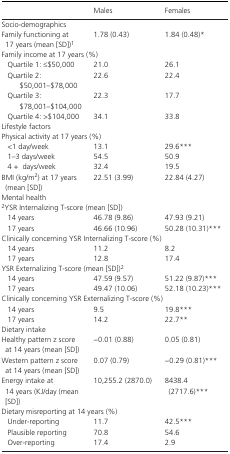
<table><thead><tr><td></td><td><b>Males</b></td><td><b>Females</b></td></tr></thead><tbody><tr><td colspan="3">Socio‐demographics</td></tr><tr><td>Family functioning at 17 years (mean [SD])a</td><td>1.78 (0.43)</td><td>1.84 (0.48)*</td></tr><tr><td colspan="3">Family income at 17 years (%)</td></tr><tr><td>Quartile 1: ≤$50,000</td><td>21.0</td><td>26.1</td></tr><tr><td>Quartile 2: $50,001–$78,000</td><td>22.6</td><td>22.4</td></tr><tr><td>Quartile 3: $78,001–$104,000</td><td>22.3</td><td>17.7</td></tr><tr><td>Quartile 4: &gt;$104,000</td><td>34.1</td><td>33.8</td></tr><tr><td colspan="3">Lifestyle factors</td></tr><tr><td colspan="3">Physical activity at 17 years (%)</td></tr><tr><td>&lt;1 day/week</td><td>13.1</td><td>29.6***</td></tr><tr><td>1–3 days/week</td><td>54.5</td><td>50.9</td></tr><tr><td>4 +days/week</td><td>32.4</td><td>19.5</td></tr><tr><td>BMI (kg/m<sup>2</sup>) at 17 years (mean [SD])</td><td>22.51 (3.99)</td><td>22.84 (4.27)</td></tr><tr><td colspan="3">Mental health</td></tr><tr><td colspan="3">bYSR Internalizing T‐score (mean [SD])</td></tr><tr><td>14 years</td><td>46.78 (9.86)</td><td>47.93 (9.21)</td></tr><tr><td>17 years</td><td>46.66 (10.96)</td><td>50.28 (10.31)***</td></tr><tr><td colspan="3">Clinically concerning YSR Internalizing T‐score (%)</td></tr><tr><td>14 years</td><td>11.2</td><td>8.2</td></tr><tr><td>17 years</td><td>12.8</td><td>17.4</td></tr><tr><td colspan="3">YSR Externalizing T‐score (mean [SD])b</td></tr><tr><td>14 years</td><td>47.59 (9.57)</td><td>51.22 (9.87)***</td></tr><tr><td>17 years</td><td>49.47 (10.06)</td><td>52.18 (10.23)***</td></tr><tr><td colspan="3">Clinically concerning YSR Externalizing T‐score (%)</td></tr><tr><td>14 years</td><td>9.5</td><td>19.8***</td></tr><tr><td>17 years</td><td>14.2</td><td>22.7**</td></tr><tr><td colspan="3">Dietary intake</td></tr><tr><td>Healthy pattern z score at 14 years (mean [SD])</td><td>−0.01 (0.88)</td><td>0.05 (0.81)</td></tr><tr><td>Western pattern z score at 14 years (mean [SD])</td><td>0.07 (0.79)</td><td>−0.29 (0.81)***</td></tr><tr><td>Energy intake at 14 years (KJ/day (mean [SD])</td><td>10,255.2 (2870.0)</td><td>8438.4 (2717.6)***</td></tr><tr><td colspan="3">Dietary misreporting at 14 years (%)</td></tr><tr><td>Under‐reporting</td><td>11.7</td><td>42.5***</td></tr><tr><td>Plausible reporting</td><td>70.8</td><td>54.6</td></tr><tr><td>Over‐reporting</td><td>17.4</td><td>2.9</td></tr></tbody></table>